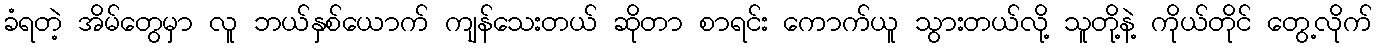
ခံရတဲ့ အိမ်တွေမှာ လူ ဘယ်နှစ်ယောက် ကျန်သေးတယ် ဆိုတာ စာရင်း ကောက်ယူ သွားတယ်လို့ သူတို့နဲ့ ကိုယ်တိုင် တွေ့လိုက်